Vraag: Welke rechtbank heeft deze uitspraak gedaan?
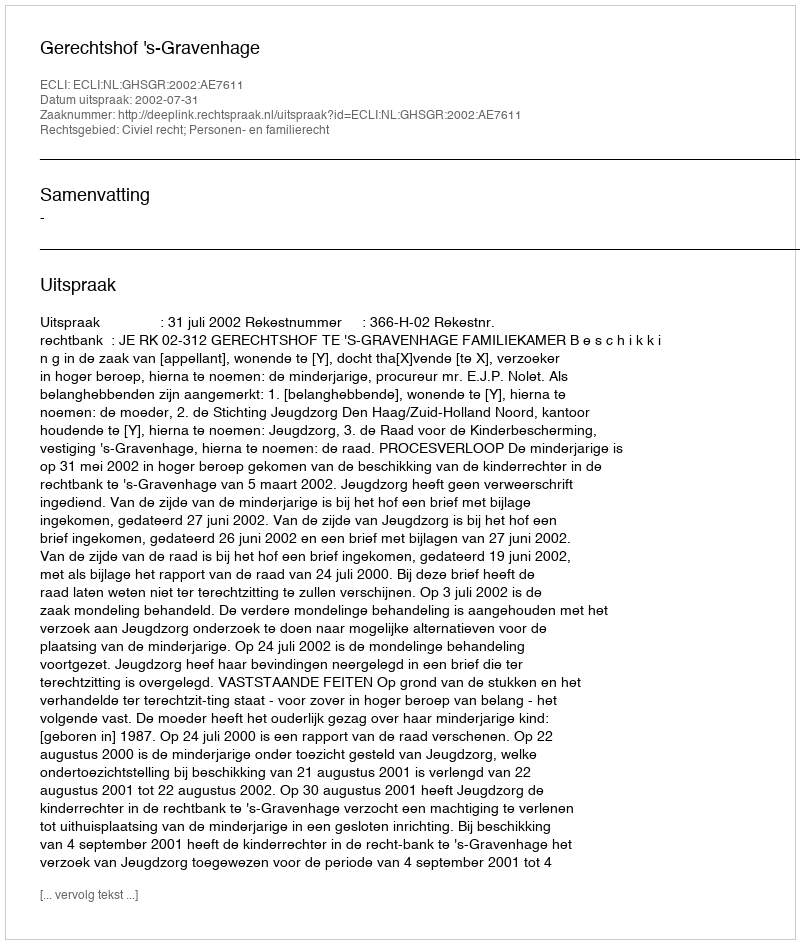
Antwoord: Gerechtshof 's-Gravenhage